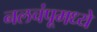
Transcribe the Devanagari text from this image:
नलचंपूमध्ये